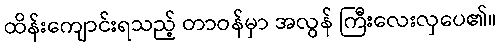
ထိန်းကျောင်းရသည့် တာဝန်မှာ အလွန် ကြီးလေးလှပေ၏။